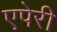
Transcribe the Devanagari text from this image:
एपेरी